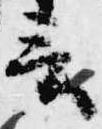
言